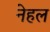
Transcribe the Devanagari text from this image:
नेहल